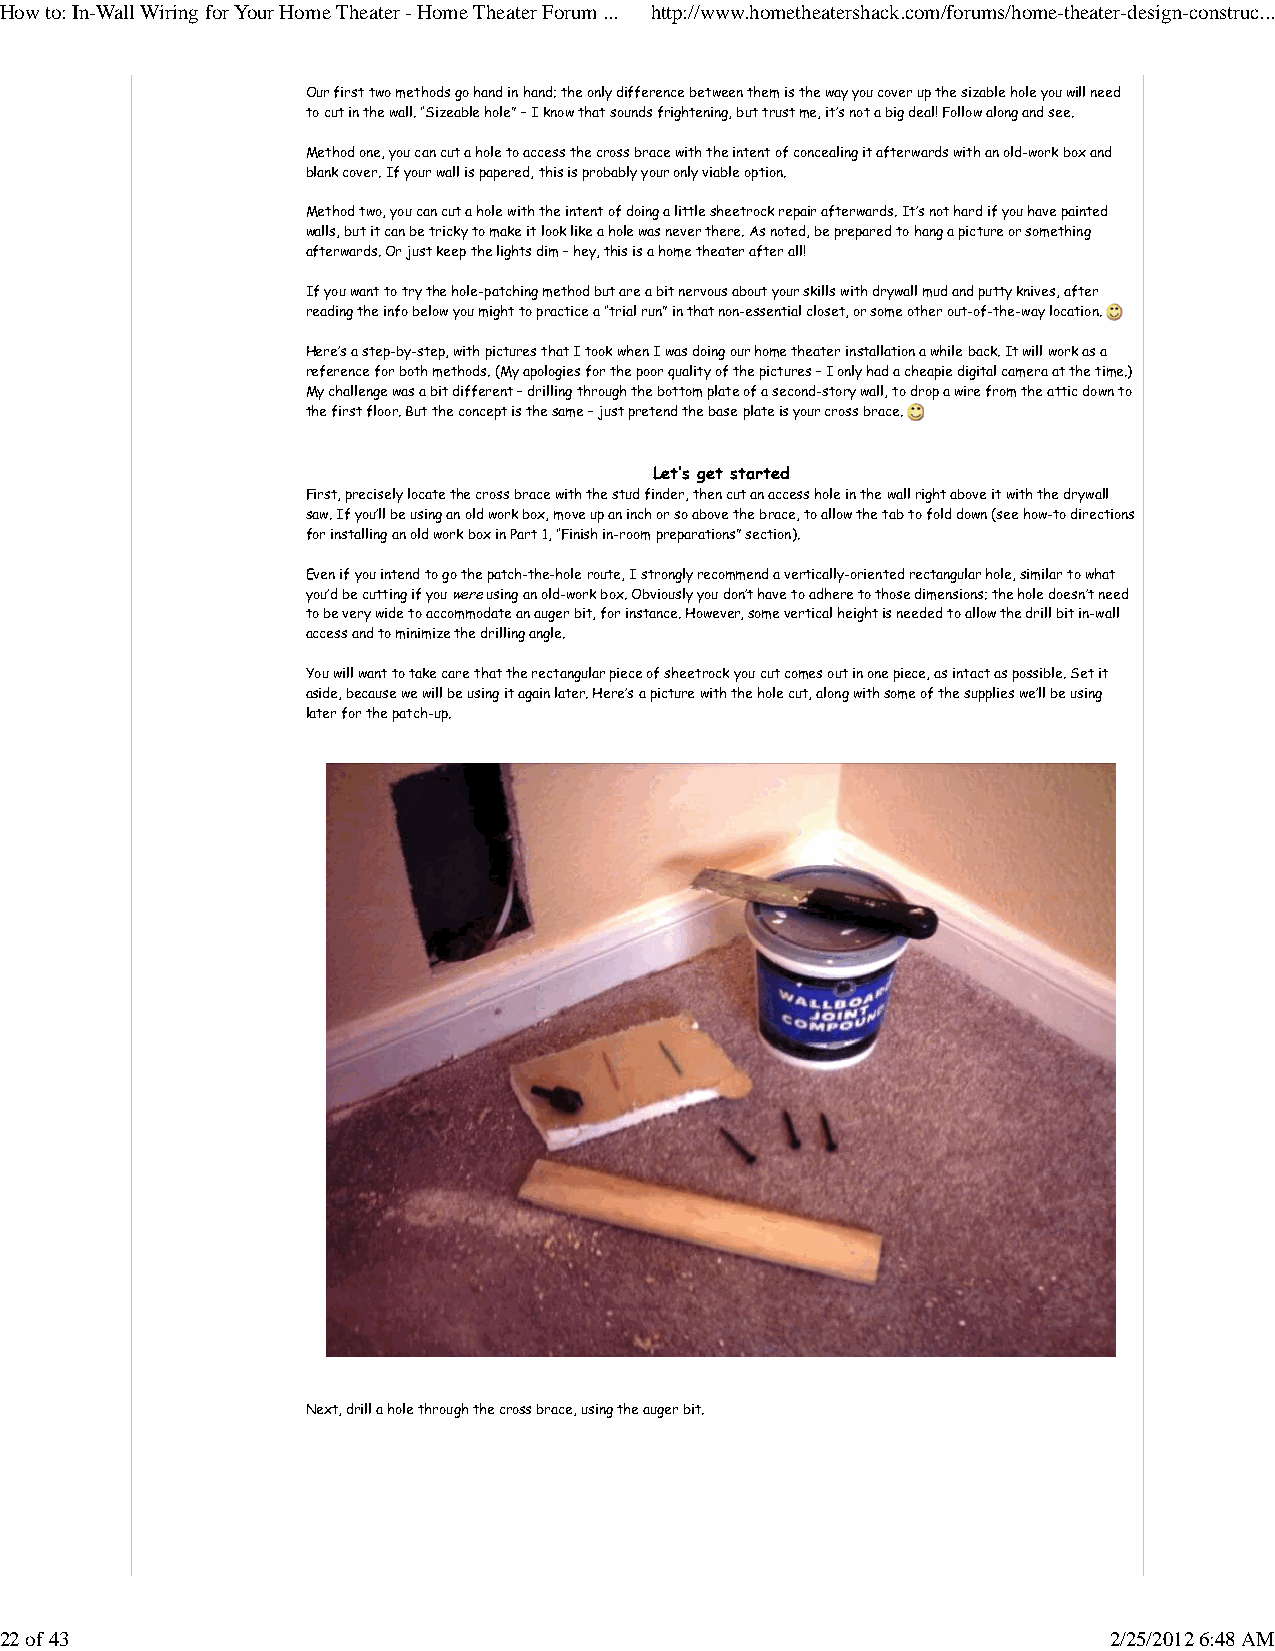
How to: In-Wall Wiring for Your Home Theater - Home Theater Forum ... http://www.hometheatershack.com/forums/home-theater-design-construc...
 Our first two methods go hand in hand; the only difference between them is the way you cover up the sizable hole you will need
 to cut in the wall. “Sizeable hole” – I know that sounds frightening, but trust me, it’s not a big deal! Follow along and see.
 Method one, you can cut a hole to access the cross brace with the intent of concealing it afterwards with an old-work box and
 blank cover. If your wall is papered, this is probably your only viable option.
 Method two, you can cut a hole with the intent of doing a little sheetrock repair afterwards. It’s not hard if you have painted
 walls, but it can be tricky to make it look like a hole was never there. As noted, be prepared to hang a picture or something
 afterwards. Or just keep the lights dim – hey, this is a home theater after all!
 If you want to try the hole-patching method but are a bit nervous about your skills with drywall mud and putty knives, after
 reading the info below you might to practice a “trial run” in that non-essential closet, or some other out-of-the-way location.
 Here’s a step-by-step, with pictures that I took when I was doing our home theater installation a while back. It will work as a
 reference for both methods. (My apologies for the poor quality of the pictures – I only had a cheapie digital camera at the time.)
 My challenge was a bit different – drilling through the bottom plate of a second-story wall, to drop a wire from the attic down to
 the first floor. But the concept is the same – just pretend the base plate is your cross brace.
 Let’s get started
 First, precisely locate the cross brace with the stud finder, then cut an access hole in the wall right above it with the drywall
 saw. If you’ll be using an old work box, move up an inch or so above the brace, to allow the tab to fold down (see how-to directions
 for installing an old work box in Part 1, “Finish in-room preparations” section).
 Even if you intend to go the patch-the-hole route, I strongly recommend a vertically-oriented rectangular hole, similar to what
 you’d be cutting if you were using an old-work box. Obviously you don’t have to adhere to those dimensions; the hole doesn’t need
 to be very wide to accommodate an auger bit, for instance. However, some vertical height is needed to allow the drill bit in-wall
 access and to minimize the drilling angle.
 You will want to take care that the rectangular piece of sheetrock you cut comes out in one piece, as intact as possible. Set it
 aside, because we will be using it again later. Here’s a picture with the hole cut, along with some of the supplies we’ll be using
 later for the patch-up.
 Next, drill a hole through the cross brace, using the auger bit.
 22 of 43                                                                 2/25/2012 6:48 AM